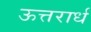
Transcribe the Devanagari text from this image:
ऊत्तरार्ध